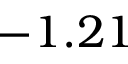
- 1 . 2 1